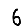
Digit: 6